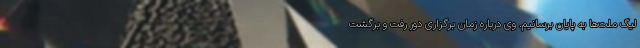
لیگ ملت‌ها به پایان برسانیم. وی درباره زمان برگزاری دور رفت و برگشت